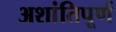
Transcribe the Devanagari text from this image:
अशांतिपूर्ण